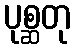
ပုစ္ဆတု